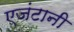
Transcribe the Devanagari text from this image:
एजंटानी